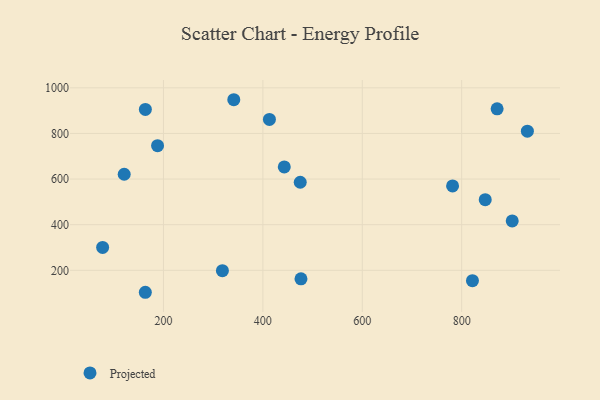
{"axis": {"x": "Investment", "y": "Rating"}, "legend": ["Projected"], "data": [{"x": "163.5", "y": 103.8, "type": "Projected"}, {"x": "871.3", "y": 907.7, "type": "Projected"}, {"x": "781.7", "y": 570.0, "type": "Projected"}, {"x": "443.1", "y": 653.4, "type": "Projected"}, {"x": "318.6", "y": 198.5, "type": "Projected"}, {"x": "476.7", "y": 162.7, "type": "Projected"}, {"x": "163.6", "y": 905.1, "type": "Projected"}, {"x": "901.7", "y": 416.7, "type": "Projected"}, {"x": "341.5", "y": 947.8, "type": "Projected"}, {"x": "847.4", "y": 509.6, "type": "Projected"}, {"x": "77.6", "y": 300.4, "type": "Projected"}, {"x": "121.0", "y": 621.1, "type": "Projected"}, {"x": "821.7", "y": 154.5, "type": "Projected"}, {"x": "475.2", "y": 586.0, "type": "Projected"}, {"x": "188.1", "y": 746.5, "type": "Projected"}, {"x": "413.2", "y": 861.6, "type": "Projected"}, {"x": "932.2", "y": 809.8, "type": "Projected"}]}